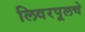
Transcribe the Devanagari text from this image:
लिवरपूलचे